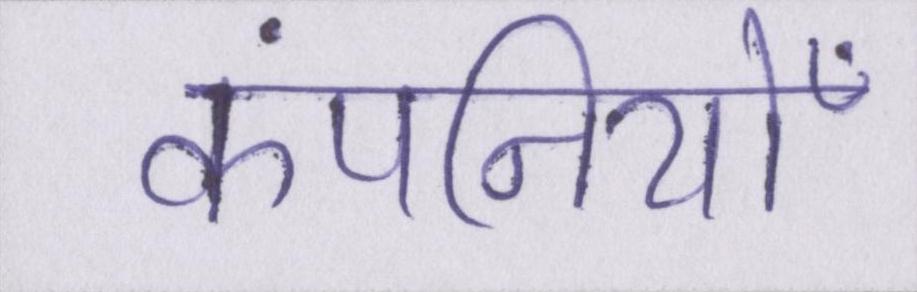
कंपनियोँ